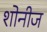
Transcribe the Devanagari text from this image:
शोनीज